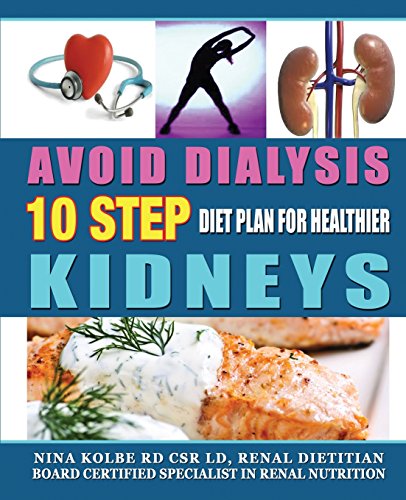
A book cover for Avoid Dialysis, 10 Step Diet Plan for Healthier Kidneys; Nina M. Kolbe; Health, Fitness & Dieting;